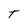
Character: T